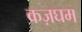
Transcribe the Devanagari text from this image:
कज़घम